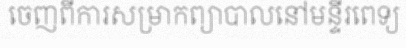
ចេញពីការសម្រាកព្យាបាលនៅមន្ទីរពេទ្យ